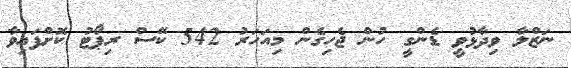
ނަޒްލާ ވިދާޅުވީ ޑެންގީ ހުން ޖެހިގެން މިއަހަރު 542 ކޭސް ރިޕޯޓު ކޮށްފައިވާ